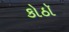
કોઠૉ